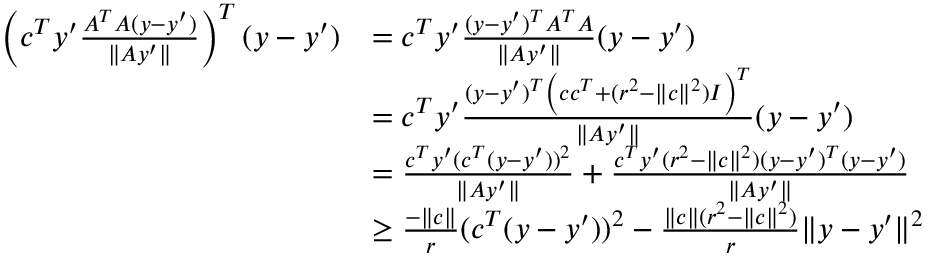
\begin{array} { r l } { \left( c ^ { T } y ^ { \prime } \frac { A ^ { T } A ( y - y ^ { \prime } ) } { \| A y ^ { \prime } \| } \right) ^ { T } ( y - y ^ { \prime } ) } & { = c ^ { T } y ^ { \prime } \frac { ( y - y ^ { \prime } ) ^ { T } A ^ { T } A } { \| A y ^ { \prime } \| } ( y - y ^ { \prime } ) } \\ & { = c ^ { T } y ^ { \prime } \frac { ( y - y ^ { \prime } ) ^ { T } \left( c c ^ { T } + ( r ^ { 2 } - \| c \| ^ { 2 } ) I \right) ^ { T } } { \| A y ^ { \prime } \| } ( y - y ^ { \prime } ) } \\ & { = \frac { c ^ { T } y ^ { \prime } ( c ^ { T } ( y - y ^ { \prime } ) ) ^ { 2 } } { \| A y ^ { \prime } \| } + \frac { c ^ { T } y ^ { \prime } ( r ^ { 2 } - \| c \| ^ { 2 } ) ( y - y ^ { \prime } ) ^ { T } ( y - y ^ { \prime } ) } { \| A y ^ { \prime } \| } } \\ & { \geq \frac { - \| c \| } { r } ( c ^ { T } ( y - y ^ { \prime } ) ) ^ { 2 } - \frac { \| c \| ( r ^ { 2 } - \| c \| ^ { 2 } ) } { r } \| y - y ^ { \prime } \| ^ { 2 } } \end{array}